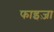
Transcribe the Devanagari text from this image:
फाइज़ा